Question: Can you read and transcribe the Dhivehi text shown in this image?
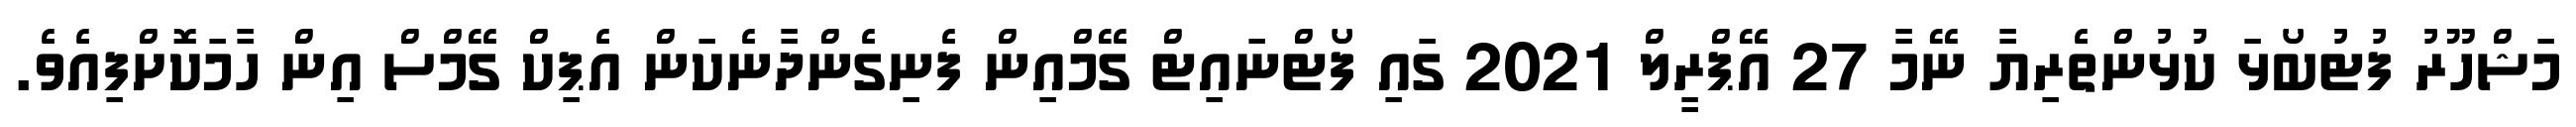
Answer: މަޝްހޫރު ފުޓުބޯޅަ ކުޅުންތެރިޔާ ނޭމާ 27 އޭޕްރީލް 2021 ގައި ފޯޓްނައިޓް ގޭމްއިން ފެނިގެންދާނެކަން އެޕިކް ގޭމްސް އިން ހާމަކޮށްފިއެވެ.